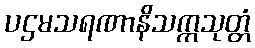
ပဌမသရဏာနိသက္ကသုတ္တံ